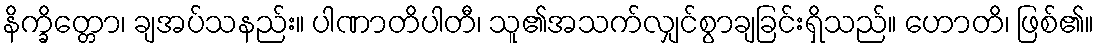
နိက္ခိတ္တော၊ ချအပ်သနည်း။ ပါဏာတိပါတီ၊ သူ၏အသက်လျှင်စွာချခြင်းရှိသည်။ ဟောတိ၊ ဖြစ်၏။